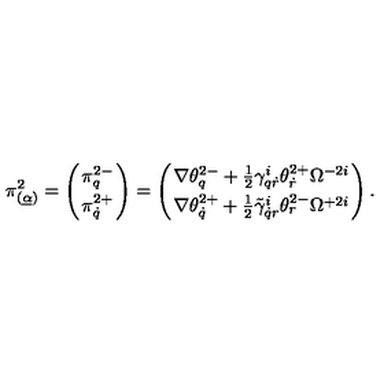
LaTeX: \pi _ { ( \underline { \alpha } ) } ^ { 2 } = \left( \pi _ { q } ^ { 2 - } \atop \pi _ { \dot { q } } ^ { 2 + } \right) = \left( \nabla \theta _ { q } ^ { 2 - } + \frac 1 2 \gamma _ { q \dot { r } } ^ { i } \theta _ { \dot { r } } ^ { 2 + } \Omega ^ { - 2 i } \atop \nabla \theta _ { \dot { q } } ^ { 2 + } + \frac 1 2 \tilde { \gamma } _ { \dot { q } r } ^ { i } \theta _ { r } ^ { 2 - } \Omega ^ { + 2 i } \right) .